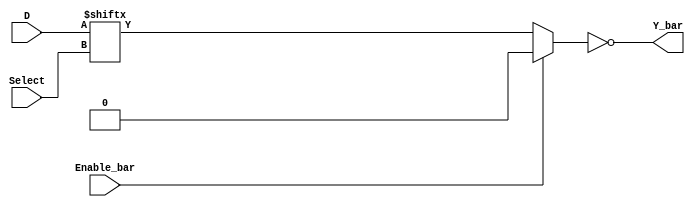
// 16-input multiplexer

module ttl_74150 #(parameter WIDTH_IN = 16, WIDTH_SELECT = $clog2(WIDTH_IN),
                   DELAY_RISE = 0, DELAY_FALL = 0)
(
  input Enable_bar,
  input [WIDTH_SELECT-1:0] Select,
  input [WIDTH_IN-1:0] D,
  output Y_bar
);

//------------------------------------------------//
reg computed;

always @(*)
begin
  if (!Enable_bar)
    computed = D[Select];
  else
    computed = 1'b0;
end
//------------------------------------------------//

assign #(DELAY_RISE, DELAY_FALL) Y_bar = ~computed;

endmodule